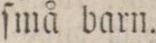
ſmå barn.